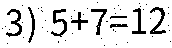
3) 5+7=12